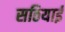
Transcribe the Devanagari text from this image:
सठियाई